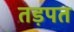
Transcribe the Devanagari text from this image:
तड़पत